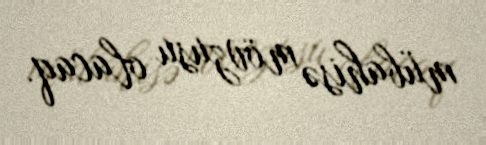
mübahisə mövzusu olacaq.